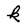
Character: k